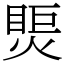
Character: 㷡